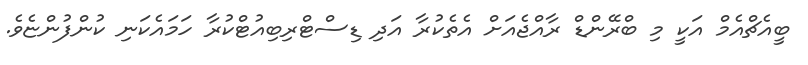
ބީއެޗްއެމް އަކީ މި ބްރޭންޑް ރާއްޖެއަށް އެތެކުރާ އަދި ޑިސްޓްރިބިއުޓްކުރާ ހަމައެކަނި ކުންފުންޏެވެ.